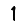
Digit: 1